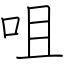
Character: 咀